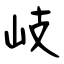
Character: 岐